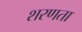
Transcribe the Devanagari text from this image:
शरणता